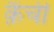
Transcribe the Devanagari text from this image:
क़ैंची